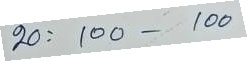
20 = 100 - 100